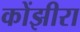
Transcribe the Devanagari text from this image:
कोंझीरा